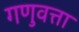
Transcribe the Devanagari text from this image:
गणुवत्ता